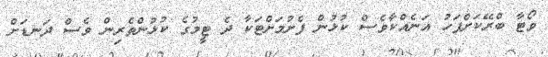
ވޯޓާ ބްރޭކަށްފަހު އަނެއްކާވެސް ކުޅުން ފެށުމަށްޓަކާ ދެ ޓީމުގެ ކުޅުންތެރިން ވެސް ދަނޑަށް